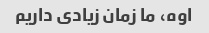
اوه، ما زمان زیادی داریم